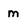
Character: m